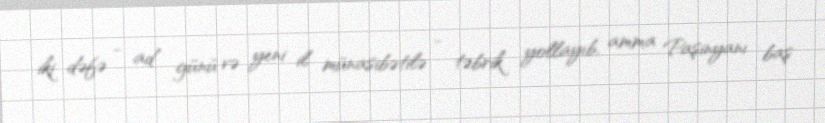
iki dəfə - ad günü və yeni il münasibətilə - təbrik yollayıb, amma Paşinyanı baş